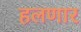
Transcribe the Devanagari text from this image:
हलणार